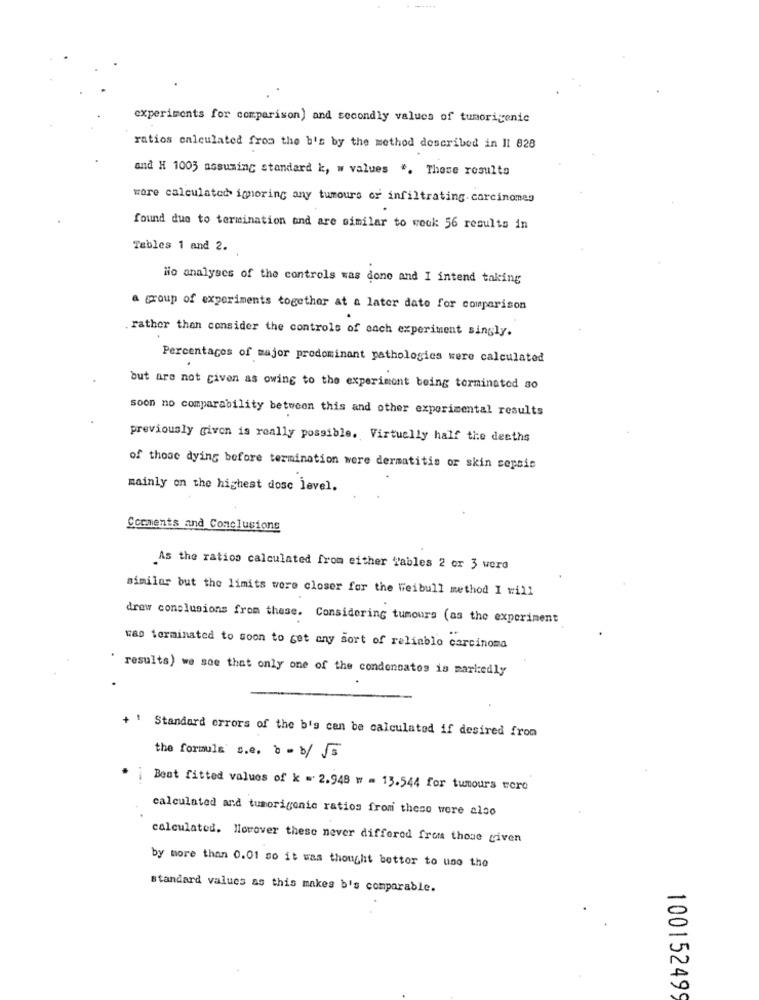
experiments for comparison) and secondly values of tumorigenic
ratios calculated from the b's by the method described in II 828
and H 1005 assuming standard k, w values ". These results
were calculated ignoring any tumours or infiltrating.carcinomes
found due to termination and are similar to wock: 56 results in
Tables 1 and 2.
Mio analyses of the controls was done and I intend taking
a group of experiments together at a later date for comparison
. rather than consider the controls of each experiment singly.
Percentages of major predominant pathologies were calculated
but are not given as owing to the experiment being terminated 50
soon no comparability between this and other experimental results
previously given is really possible. Virtually half the deaths
of those dying before termination were dermatitis or skin sepsis
mainly on the highest dosc level.
Comments and Conclusions
As the ratios calculated from either Tables 2 or 3 word
similar but the limits were closer for the Weibull method I will
draw conclusions from these. Considering tumours (as the experiment
Was terminated to soon to get any sort of reliable carcinoma
results) we soe that only one of the condoncatos is markedly
+ ' Standard errors of the b's can be calculated if desired from
the formule s.e. 8-b/ 55
Best fitted values of k = 2.948 w = 13.544 for tumours toro
calculated and tumorigenic ratios from these were also
calculated. Horover these never differed from those given
by more than 0.01 so it was thought bettor to uso the
standard values as this makes b's comparable.
100152499